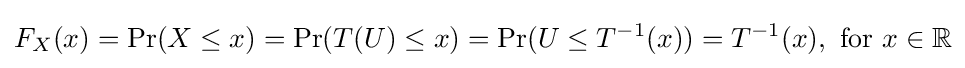
F_{X}(x)=\Pr(X\leq x)=\Pr(T(U)\leq x)=\Pr(U\leq T^{-1}(x))=T^{-1}(x),{\text{ for }}x\in \mathbb {R}